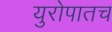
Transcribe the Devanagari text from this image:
युरोपातच